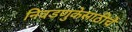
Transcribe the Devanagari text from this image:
निवडणुकेसाठीचे